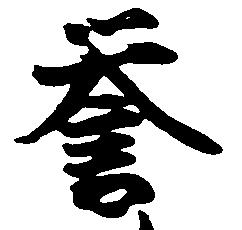
誉